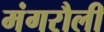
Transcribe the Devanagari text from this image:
मंगरौली